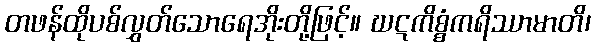
တဖန်ထိုပစ်လွှတ်သောရေအိုးတို့ဖြင့်။ ဃဋကိစ္စံကရိဿာမာတိ၊